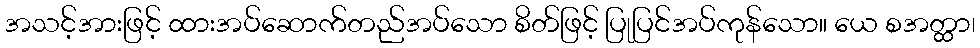
အသင့်အားဖြင့် ထားအပ်ဆောက်တည်အပ်သော စိတ်ဖြင့် ပြုပြင်အပ်ကုန်သော။ ယေ စအတ္ထာ၊